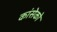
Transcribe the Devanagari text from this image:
कांसेको